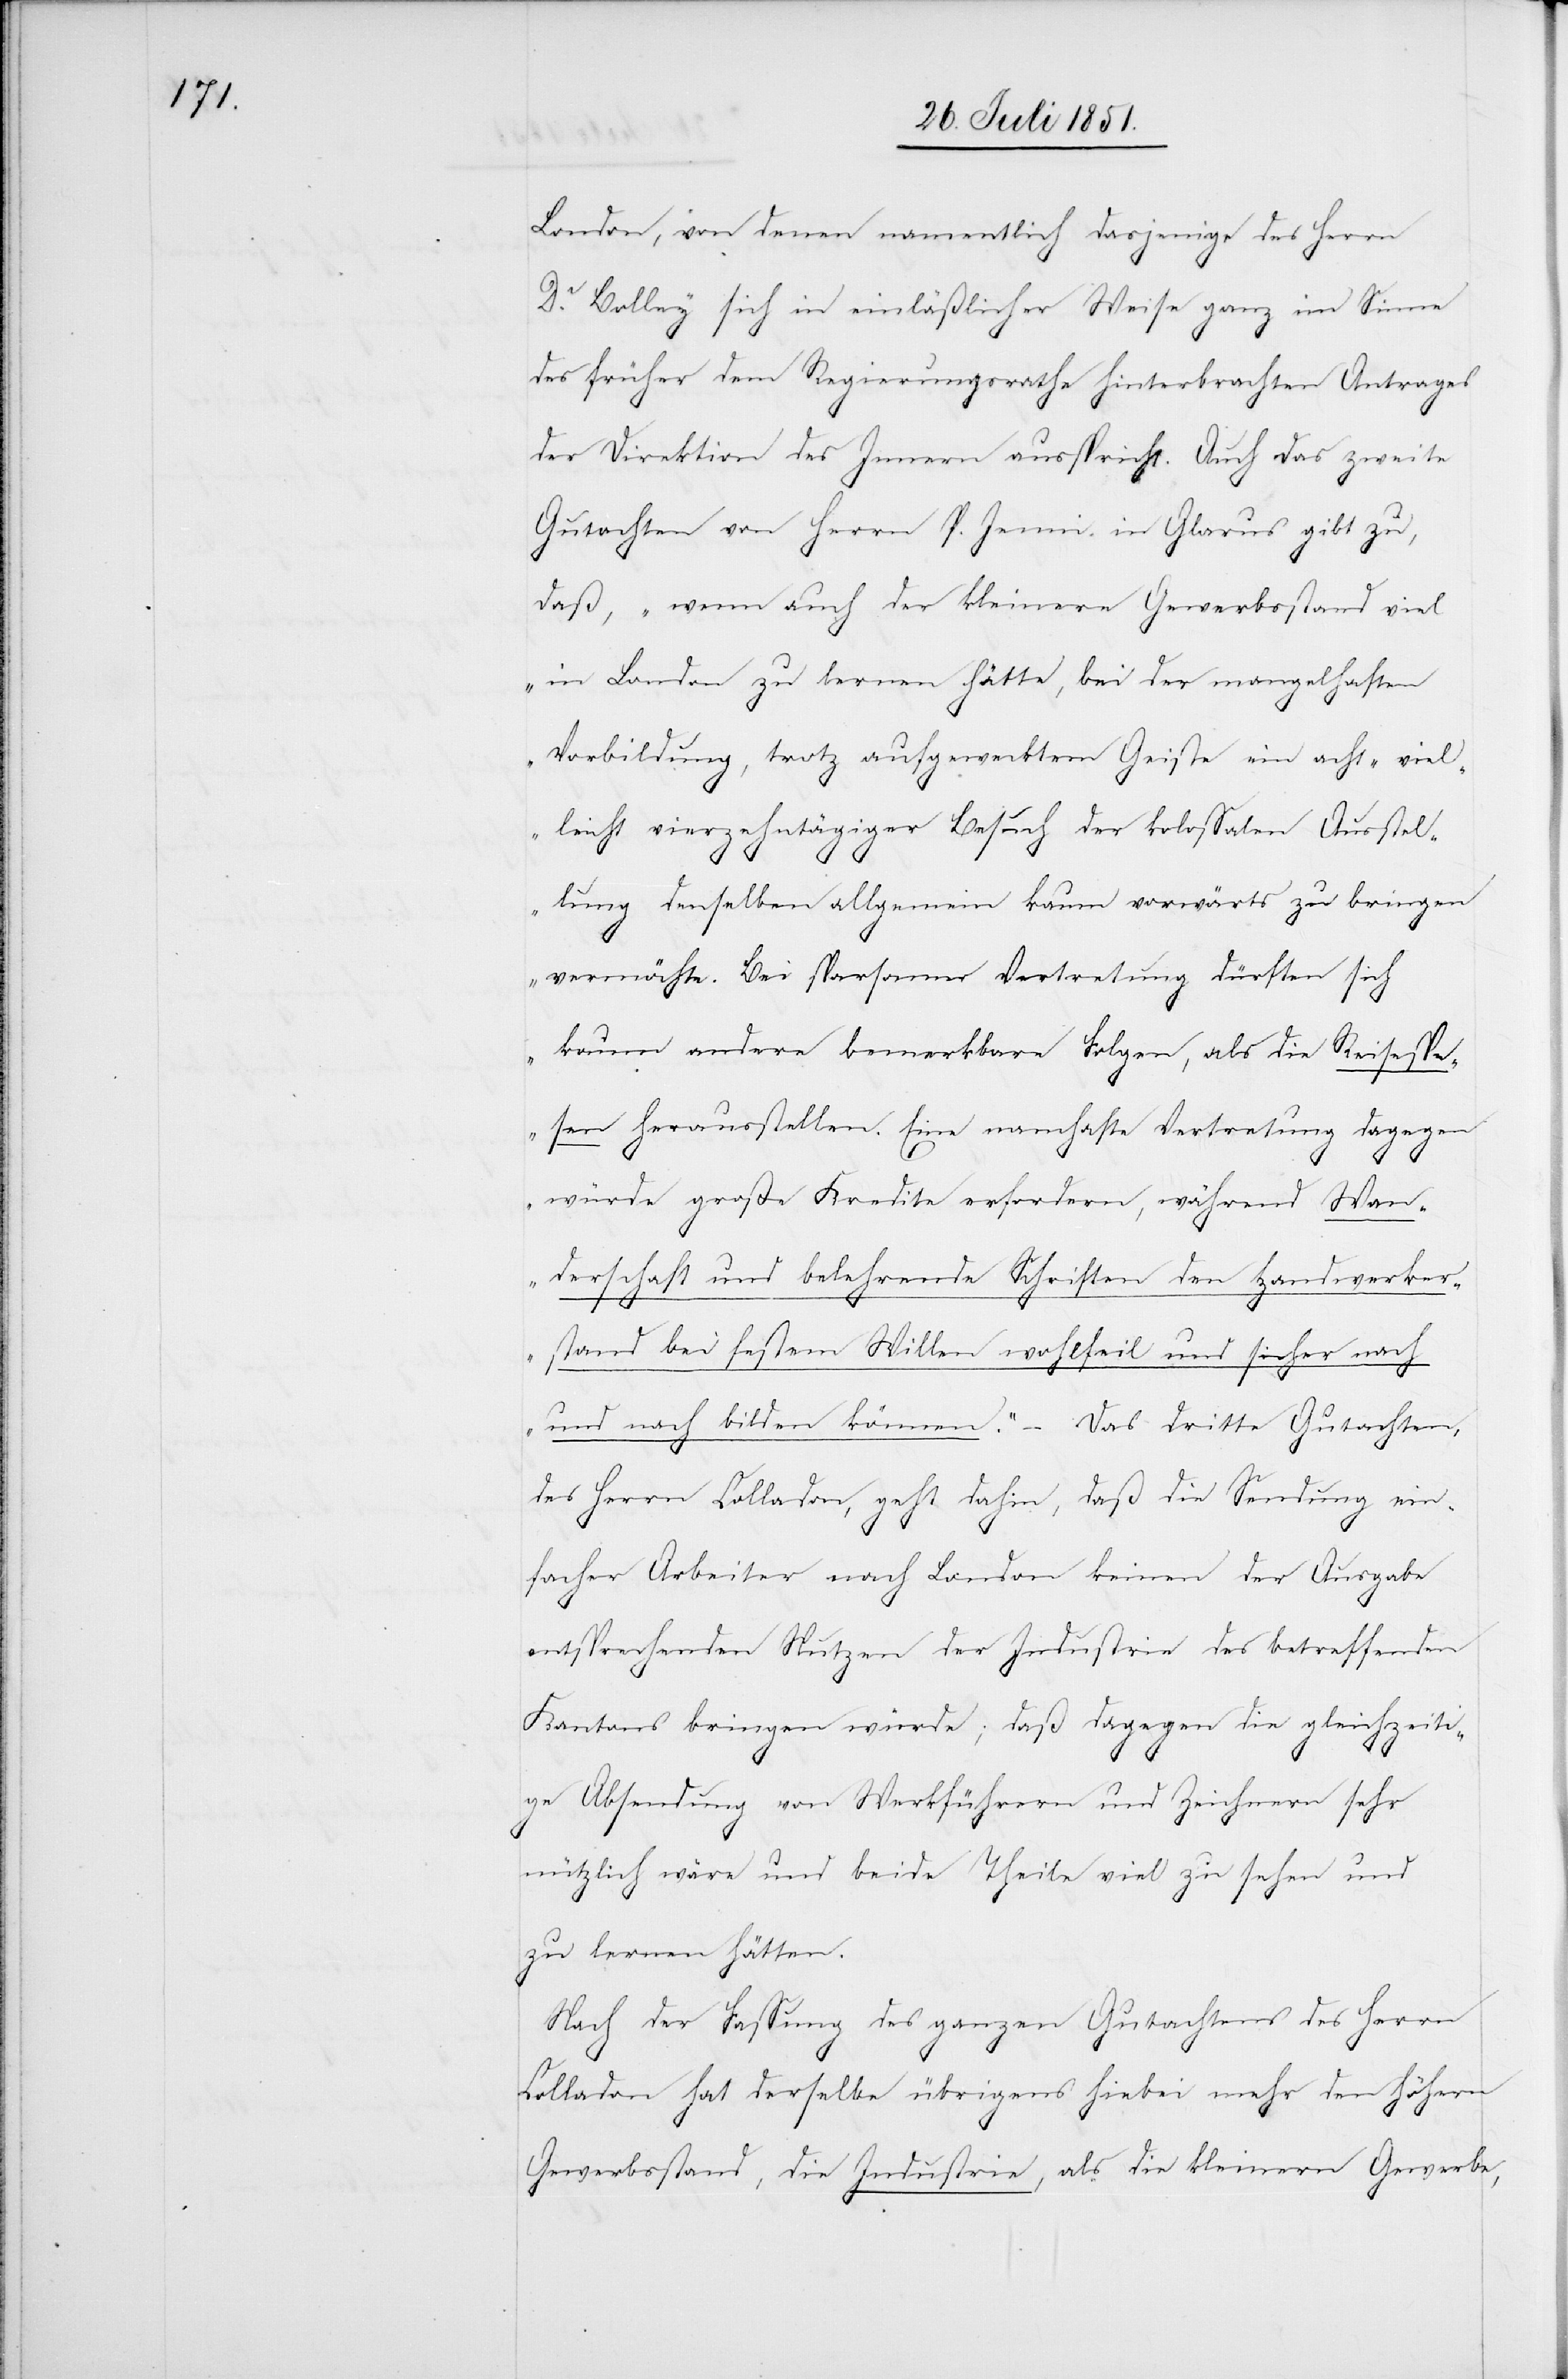
London, von denen namentlich dasjenige des Herrn
Dr. Bolley sich in einläßlicher Weise ganz im Sinne
des früher dem Regierungsrathe hinterbrachten Antrages
der Direktion des Innern ausspricht. Auch das zweite
Gutachten von Herrn P. Jenni in Glarus gibt zu,
daß, „wenn auch der kleinere Gewerbsstand viel
in London zu lernen hätte, bei der mangelhaften
Vorbildung, trotz aufgewecktem Geiste ein acht- viel¬
leicht vierzehntägiger Besuch der kolossalen Ausstel¬
lung denselben allgemein kaum vorwärts zu bringen
vermöchte. Bei sparsamer Vertretung dürften sich
kaum andere bemerkbare Folgen, als die Reisespe¬
sen herausstellen. Eine namhafte Vertretung dagegen
würde große Kredite erfordern, während Wan¬
derschaft und belehrende Schriften den Handwerker¬
stand bei festem Willen wohlfeil und sicher nach
und nach bilden können.“ – Das dritte Gutachten,
des Herrn Colladon, geht dahin, daß die Sendung ein¬
facher Arbeiter nach London keinen der Ausgabe
entsprechenden Nutzen der Industrie des betreffenden
Kantons bringen würde; daß dagegen die gleichzeiti¬
ge Absendung von Werkführern und Zeichnern sehr
nützlich wäre und beide Theile viel zu sehen und
zu lernen hätten.
Nach der Fassung des ganzen Gutachtens des Herrn
Colladon hat derselbe übrigens hiebei mehr den höhern
Gewerbsstand, die Industrie, als die kleinern Gewerbe,